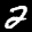
Label: 2